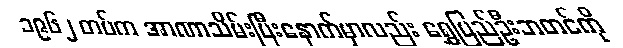
၁၉၆၂ တပ်က အာဏာသိမ်းပြီးနောက်မှာလည်း ရွှေပြည်ဦးဘတင်ကို